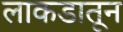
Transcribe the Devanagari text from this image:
लाकडातून